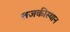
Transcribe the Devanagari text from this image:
तजकीस्थान